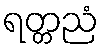
ရတ္တညံ